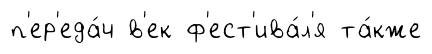
п'ер'еда́ч в'ек ф'ест'ива́л'я та́кже